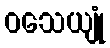
ဝသေယျုံ